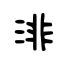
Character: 渄